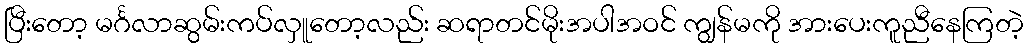
ပြီးတော့ မင်္ဂလာဆွမ်းကပ်လှူတော့လည်း ဆရာတင်မိုးအပါအဝင် ကျွန်မကို အားပေးကူညီနေကြတဲ့